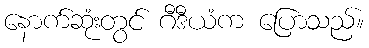
နောက်ဆုံးတွင် ဂီဒီယံက ပြောသည်။